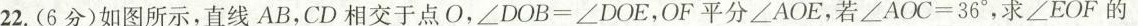
22.(6分)如图所示，直线AB，CD相交于点O，$$∠ D O B = ∠ D O E$$，OF平分∠AOE，若$$∠ A O C = 3 6 °$$，求∠EOF的